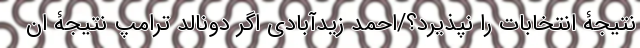
نتیجۀ انتخابات را نپذیرد؟/احمد زیدآبادی اگر دونالد ترامپ نتیجۀ ان